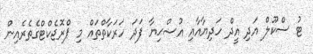
ޓު ސްކޫލް އަދި އީދް ހަދިޔާއާއި އުޟްޙިޔާ ފަދަ ހަރަކާތްތައް މި ޕްރޮޖެކްޓްގެތެރެއިން